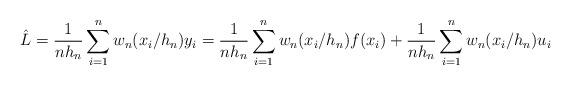
LaTeX: \begin{align*}\hat L=\frac{1}{nh_n}\sum_{i=1}^n w_n(x_i/h_n)y_i=\frac{1}{nh_n}\sum_{i=1}^n w_{n}(x_i/h_n)f(x_i)+\frac{1}{nh_n}\sum_{i=1}^n w_n(x_i/h_n)u_i\end{align*}